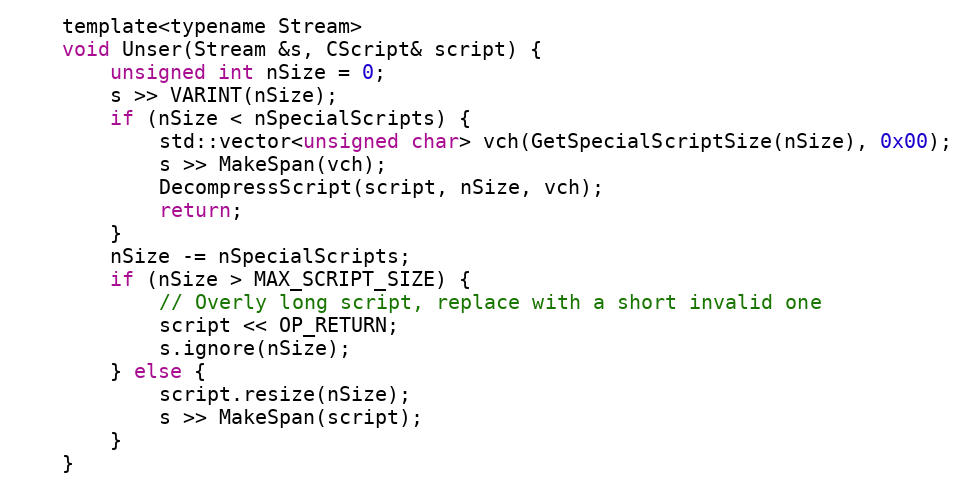
Language: C
    template<typename Stream>
    void Unser(Stream &s, CScript& script) {
        unsigned int nSize = 0;
        s >> VARINT(nSize);
        if (nSize < nSpecialScripts) {
            std::vector<unsigned char> vch(GetSpecialScriptSize(nSize), 0x00);
            s >> MakeSpan(vch);
            DecompressScript(script, nSize, vch);
            return;
        }
        nSize -= nSpecialScripts;
        if (nSize > MAX_SCRIPT_SIZE) {
            // Overly long script, replace with a short invalid one
            script << OP_RETURN;
            s.ignore(nSize);
        } else {
            script.resize(nSize);
            s >> MakeSpan(script);
        }
    }